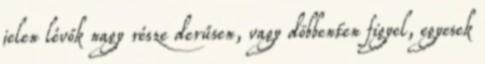
jelen lévők nagy része derűsen, vagy döbbenten figyel, egyesek